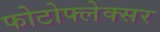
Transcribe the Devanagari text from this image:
फोटोफ्लेक्सर